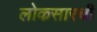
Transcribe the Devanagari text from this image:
लोकसारथी